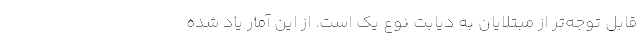
قابل توجه‌تر از مبتلایان به دیابت نوع یک است. از این آمار یاد شده